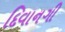
દિવાનગી